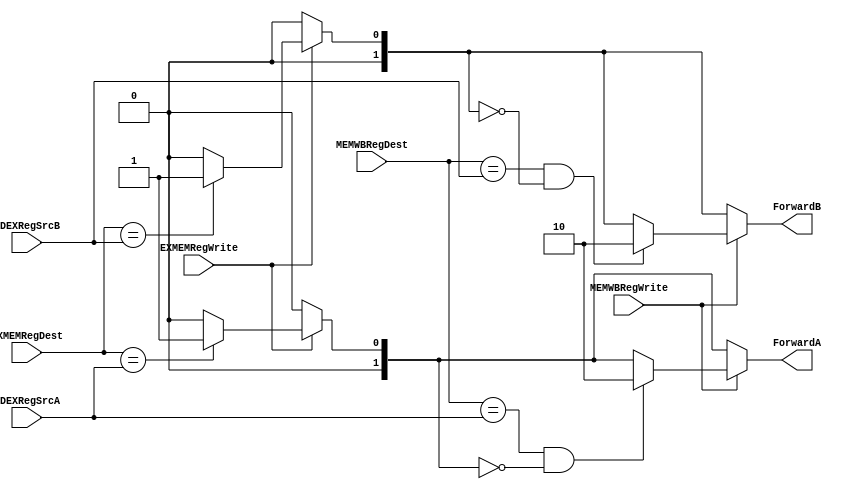
`timescale 1ns / 1ps
//////////////////////////////////////////////////////////////////////////////////
// Company: 
// 
// Design Name: 
// Module Name: ForwardUnit
// Project Name: 
// Target Devices: 
// Tool Versions: 
// Description: 
// 
// Dependencies: 
// 
// Revision:
// Revision 0.01 - File Created
// Additional Comments:
// 
//////////////////////////////////////////////////////////////////////////////////

module ForwardUnit(
    input wire EXMEMRegWrite,
    input wire MEMWBRegWrite,
    input wire [5:0]EXMEMRegDest,
    input wire [5:0]MEMWBRegDest,
    input wire [5:0]IDEXRegSrcA,
    input wire [5:0]IDEXRegSrcB,
    
    output reg [1:0]ForwardA,//00:data from register 01:last EXResult 10:data to write in WB 11:0
    output reg [1:0]ForwardB
);

always @(*) begin
	ForwardA=0;
	ForwardB=0;
	if(EXMEMRegWrite)begin
		if(EXMEMRegDest==IDEXRegSrcA)
			ForwardA=1;
		if(EXMEMRegDest==IDEXRegSrcB)
			ForwardB=1;
	end
	if(MEMWBRegWrite)begin
		if(MEMWBRegDest==IDEXRegSrcA && ForwardA==0)
			ForwardA=2;
		if(MEMWBRegDest==IDEXRegSrcB && ForwardB==0)
			ForwardB=2;
	end
end
endmodule